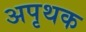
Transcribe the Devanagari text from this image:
अपृथक